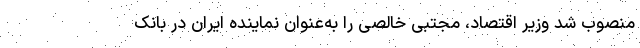
منصوب شد وزیر اقتصاد، مجتبی خالصی را به‌عنوان نماینده ایران در بانک